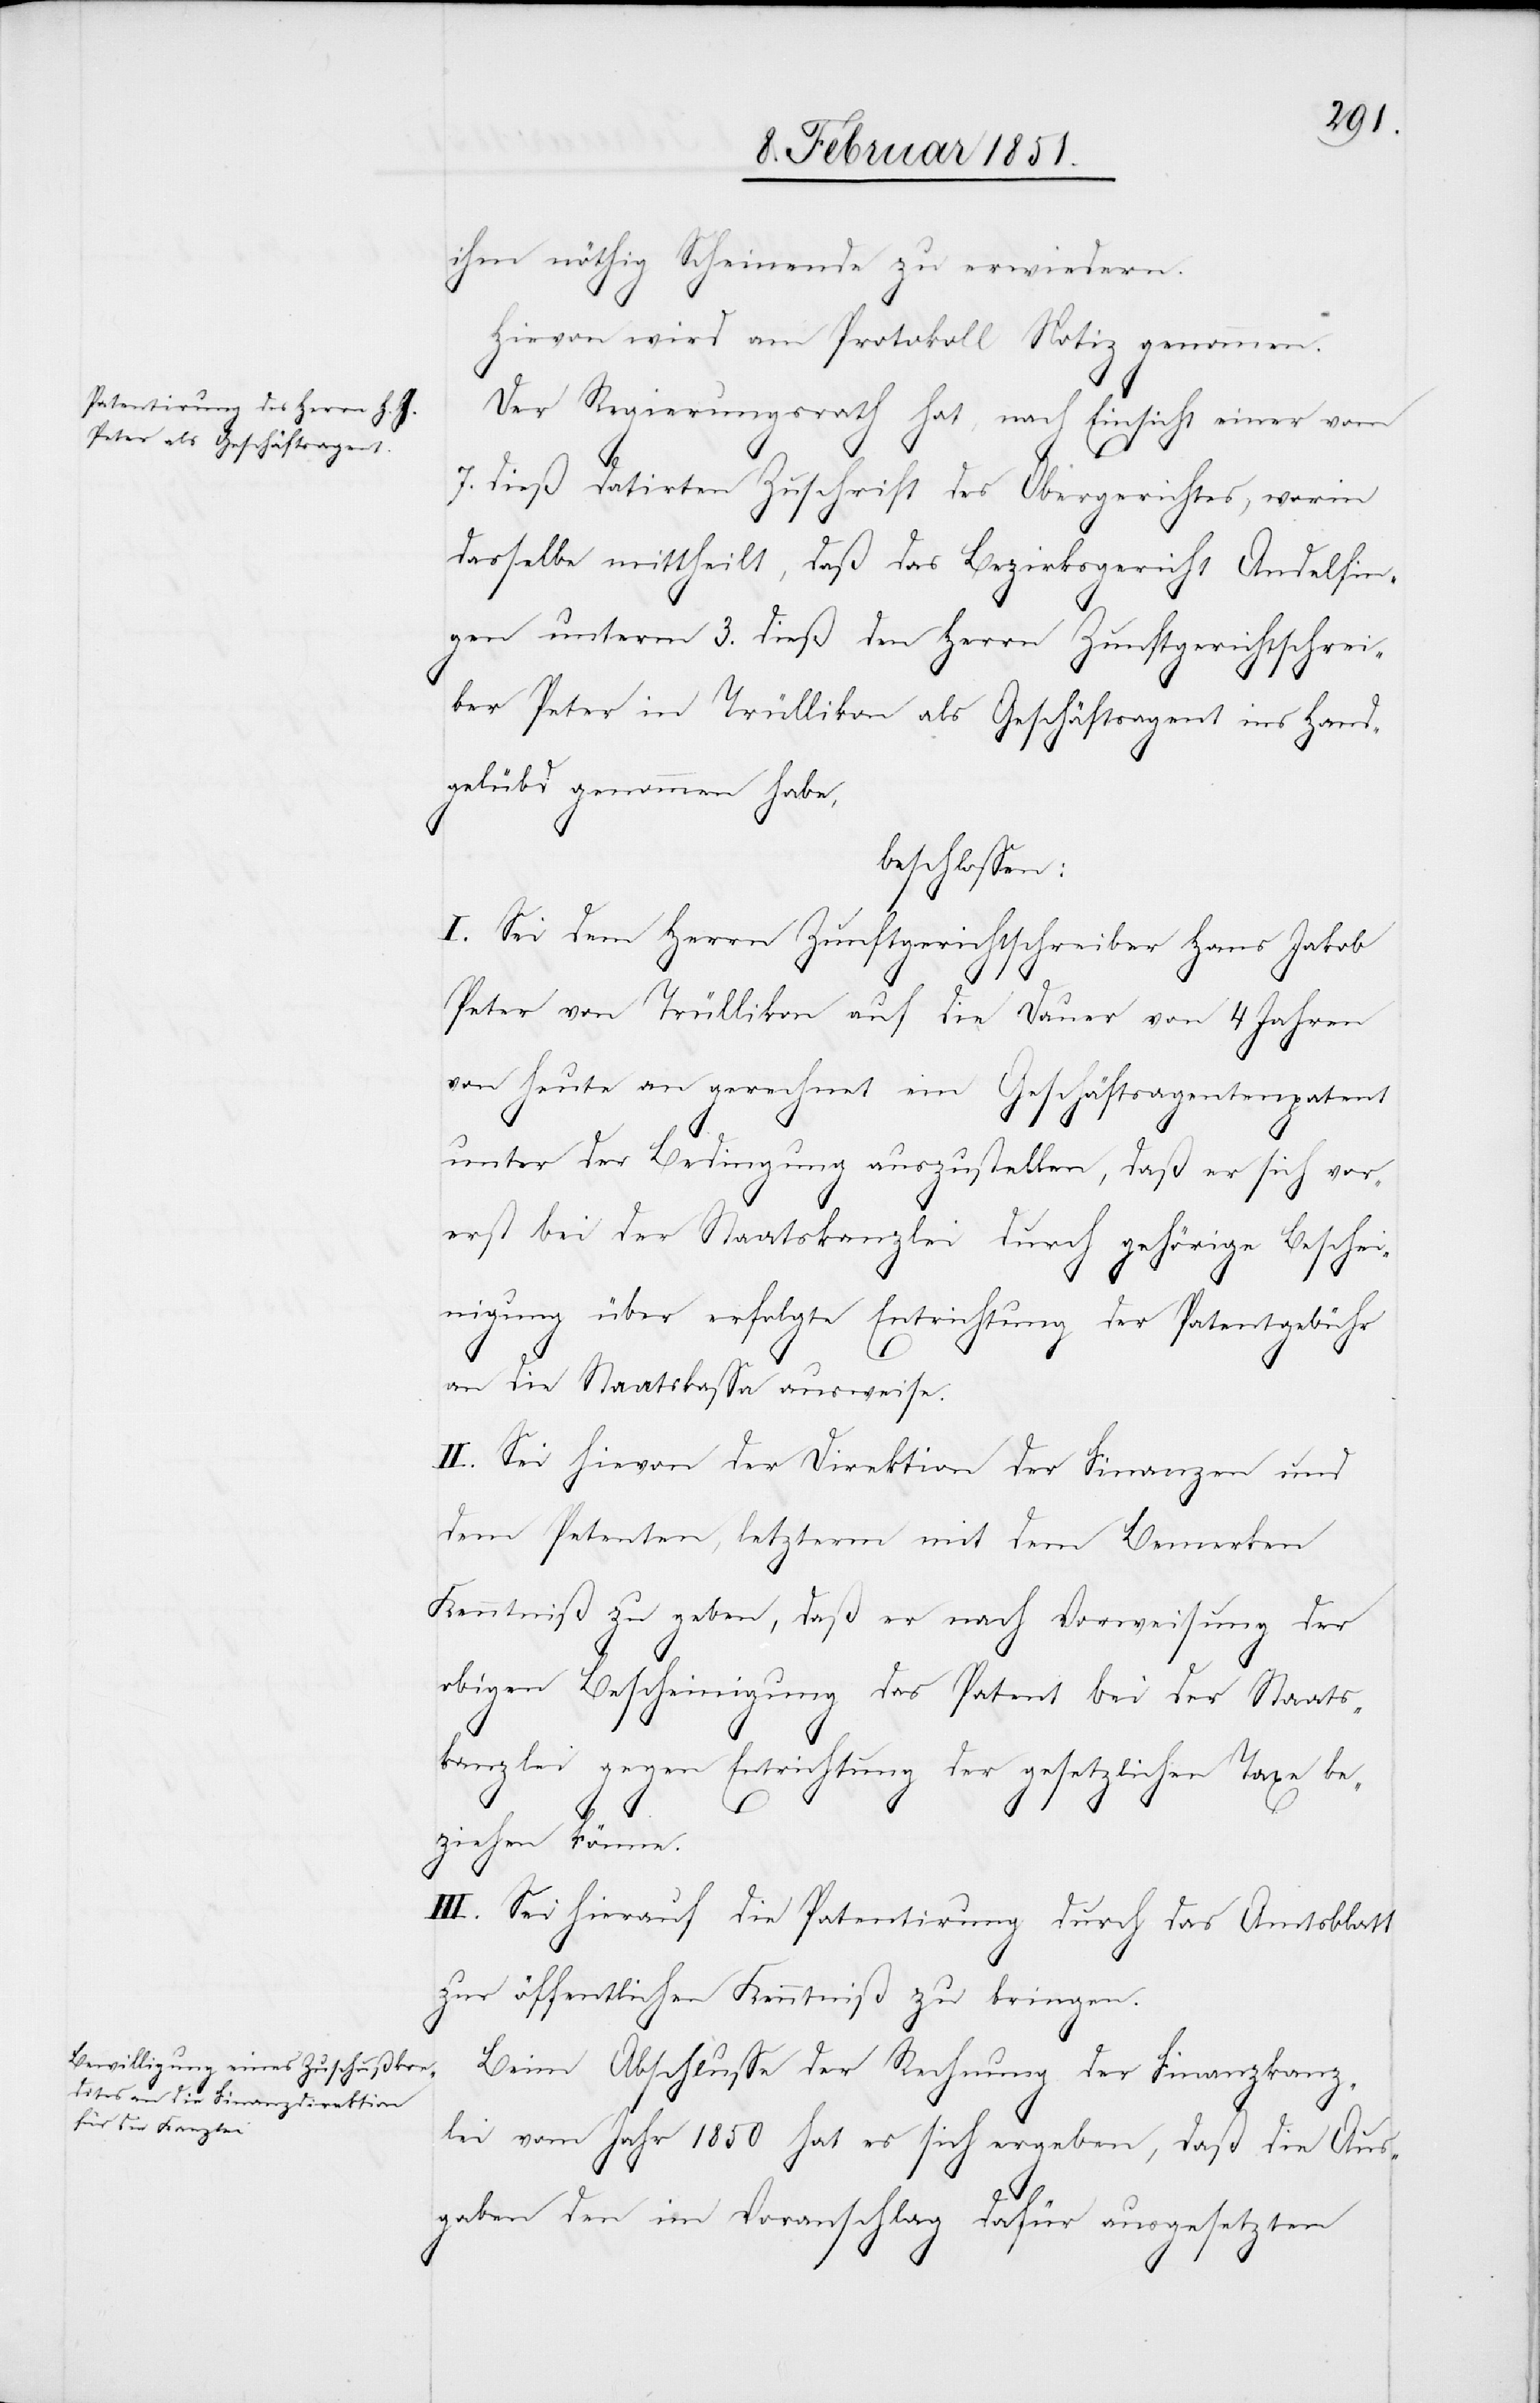
ihm nöthig Scheinende zu erwiedern.
Hievon wird am Protokoll Notiz genommen.
Der Regierungsrath hat, nach Einsicht einer vom
7. dieß datirten Zuschrift des Obergerichtes, worin
dasselbe mittheilt, daß das Bezirksgericht Andelfin¬
gen unterm 3. dieß den Herrn Zunftgerichtschrei¬
ber Peter in Trüllikon als Geschäftsagent ins Hand¬
gelübd genommen habe,
beschlossen:
I. Sei dem Herrn Zunftgerichtschreiber Hans Jakob
Peter von Trüllikon auf die Dauer von 4 Jahren
von heute an gerechnet ein Geschäftsagentenpatent
unter der Bedingung auszustellen, daß er sich vor¬
erst bei der Staatskanzlei durch gehörige Beschei¬
nigung über erfolgte Entrichtung der Patentgebühr
an die Staatskassa ausweise.
II. Sei hievon der Direktion der Finanzen und
dem Petenten, letzterm mit dem Bemerken
Kenntniß zu geben, daß er nach Vorweisung der
obigen Bescheinigung das Patent bei der Staats¬
kanzlei gegen Entrichtung der gesetzlichen Taxe be¬
ziehen könne.
III. Sei hierauf die Patentirung durch das Amtsblatt
zur öffentlichen Kenntniß zu bringen.
Beim Abschlusse der Rechnung der Finanzkanz¬
lei vom Jahr 1850 hat es sich ergeben, daß die Aus¬
gaben den im Voranschlag dafür ausgesetzten